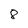
Character: 8